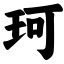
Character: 珂